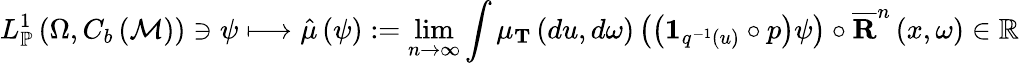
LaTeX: L_{\mathbb{P}}^{1}\left(\Omega,C_{b}\left(\mathcal{M}\right)\right)\ni\psi\longmapsto\hat{\mu}\left(\psi\right):=\operatorname*{lim}_{n\rightarrow\infty}\int\mu_{\mathbf{T}}\left(du,d\omega\right)\left(\left(\mathbf{1}_{q^{-1}\left(u\right)}\circ p\right)\psi\right)\circ\overline{{\mathbf{R}}}^{n}\left(x,\omega\right)\in\mathbb{R}